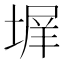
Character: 𭏊